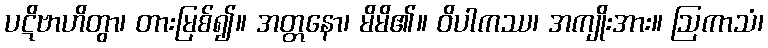
ပဋိဗာဟိတွာ၊ တားမြစ်၍။ အတ္တနော၊ မိမိ၏။ ဝိပါကဿ၊ အကျိုးအား။ ဩကာသံ၊